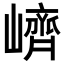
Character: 𡽉